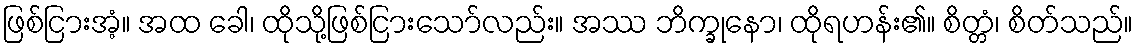
ဖြစ်ငြားအံ့။ အထ ခေါ၊ ထိုသို့ဖြစ်ငြားသော်လည်း။ အဿ ဘိက္ခုနော၊ ထိုရဟန်း၏။ စိတ္တံ၊ စိတ်သည်။